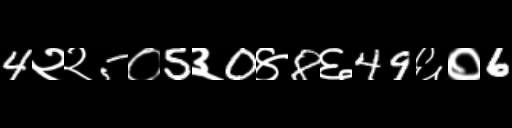
Text: 4२२5०5३0४8६49६०6